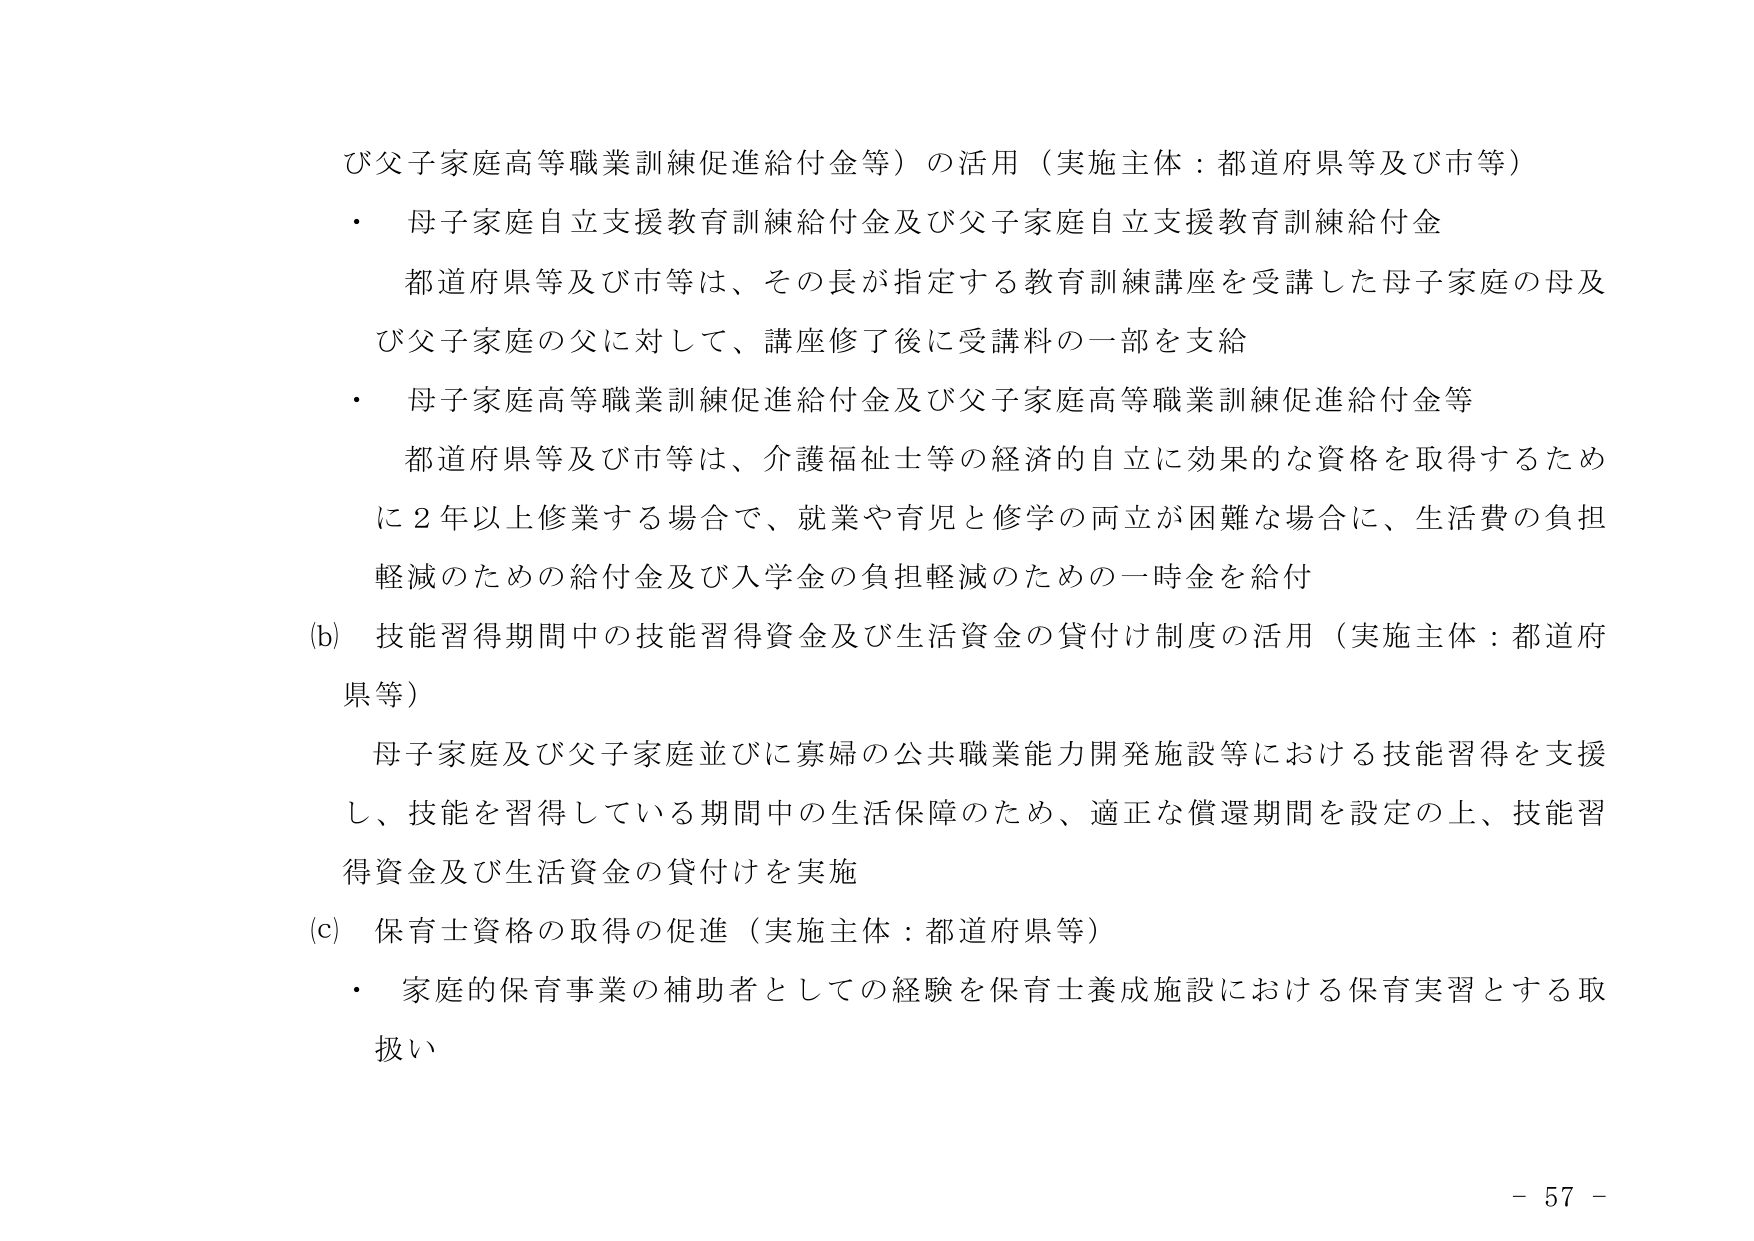
び父子家庭高等職業訓練促進給付金等）の活用（実施主体：都道府県等及び市等）
・ 母子家庭自立支援教育訓練給付金及び父子家庭自立支援教育訓練給付金
　都道府県等及び市等は、その長が指定する教育訓練講座を受講した母子家庭の母及び父子家庭の父に対して、講座修了後に受講料の一部を支給
・ 母子家庭高等職業訓練促進給付金及び父子家庭高等職業訓練促進給付金等
　都道府県等及び市等は、介護福祉士等の経済的自立に効果的な資格を取得するために２年以上修業する場合で、就業や育児と修学の両立が困難な場合に、生活費の負担軽減のための給付金及び入学金の負担軽減のための一時金を給付
(b) 技能習得期間中の技能習得資金及び生活資金の貸付け制度の活用（実施主体：都道府県等）
　母子家庭及び父子家庭並びに寡婦の公共職業能力開発施設等における技能習得を支援し、技能を習得している期間中の生活保障のため、適正な償還期間を設定の上、技能習得資金及び生活資金の貸付けを実施
(c) 保育士資格の取得の促進（実施主体：都道府県等）
・ 家庭的保育事業の補助者としての経験を保育士養成施設における保育実習とする取扱い
- 57 -